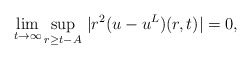
\begin{align*}\lim_{t\to\infty}\sup_{r\ge t-A}\,|r^2(u-u^L)(r,t)|=0,\end{align*}